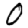
Digit: 0